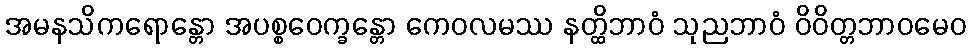
အမနသိကရောန္တော အပစ္စဝေက္ခန္တော ကေဝလမဿ နတ္ထိဘာဝံ သုညဘာဝံ ဝိဝိတ္တဘာဝမေဝ